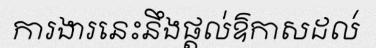
ការងារនេះនឹងផ្តល់ឱកាសដល់